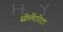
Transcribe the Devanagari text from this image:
सीलेंटरेटा